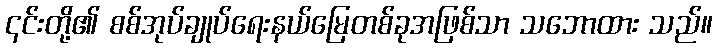
၎င်းတို့၏ စစ်အုပ်ချုပ်ရေးနယ်မြေတစ်ခုအဖြစ်သာ သဘောထား သည်။